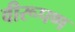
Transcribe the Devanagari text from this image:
वीरूपण